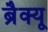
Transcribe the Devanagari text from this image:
ब्रैक्यू